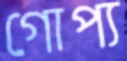
গোপ্য